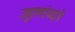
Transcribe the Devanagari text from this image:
उड्डाणांव्दारे